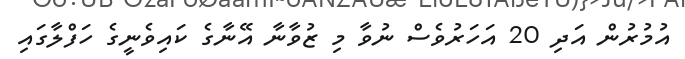
އުމުރުން އަދި 20 އަހަރުވެސް ނުވާ މި ޒުވާނާ އޭނާގެ ކައިވެނީގެ ހަފްލާގައި